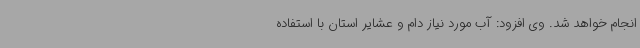
انجام خواهد شد. وی افزود: آب مورد نیاز دام و عشایر استان با استفاده